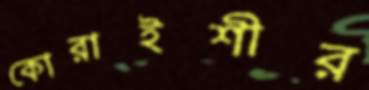
কোরাইশীর